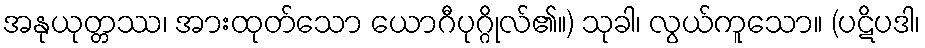
အနုယုတ္တဿ၊ အားထုတ်သော ယောဂီပုဂ္ဂိုလ်၏။) သုခါ၊ လွယ်ကူသော။ (ပဋိပဒါ၊